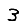
Digit: 3